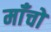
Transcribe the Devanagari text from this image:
माँचों